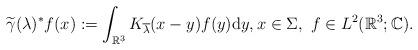
LaTeX: \begin{align*} \widetilde{\gamma}(\lambda)^* f(x) := \int_{\mathbb{R}^3} K_{\overline{\lambda}}(x - y) f(y) \mathrm{d} y, x \in \Sigma, ~f \in L^2(\mathbb{R}^3; \mathbb{C}).\end{align*}